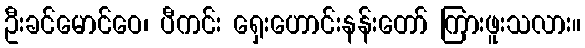
ဦးခင်မောင်ဝေ၊ ပီကင်း ရှေးဟောင်းနန်းတော် ကြားဖူးသလား။